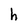
Character: h